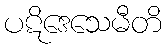
ပဋိဒေသေမီတိ